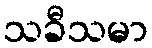
သခီသမာ